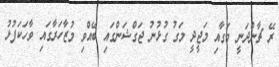
ރޭ ޗާންދަނީ މަގާއި މަޖީދީ މަގު ގުޅުނު ޖަގްޝަންގައި ބޭއްވި މުޒާހަރާގައި ވާހަކަފުޅު